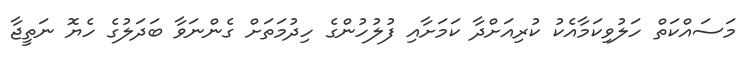
މަސައްކަތް ހަލުވިކަމާއެކު ކުރިއަށްދާ ކަމަށާއި ފުލުހުންގެ ހިދުމަތަށް ގެންނަވާ ބަދަލުގެ ހެޔޮ ނަތީޖާ